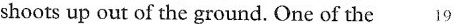
shoots up out of the ground. One of the 19